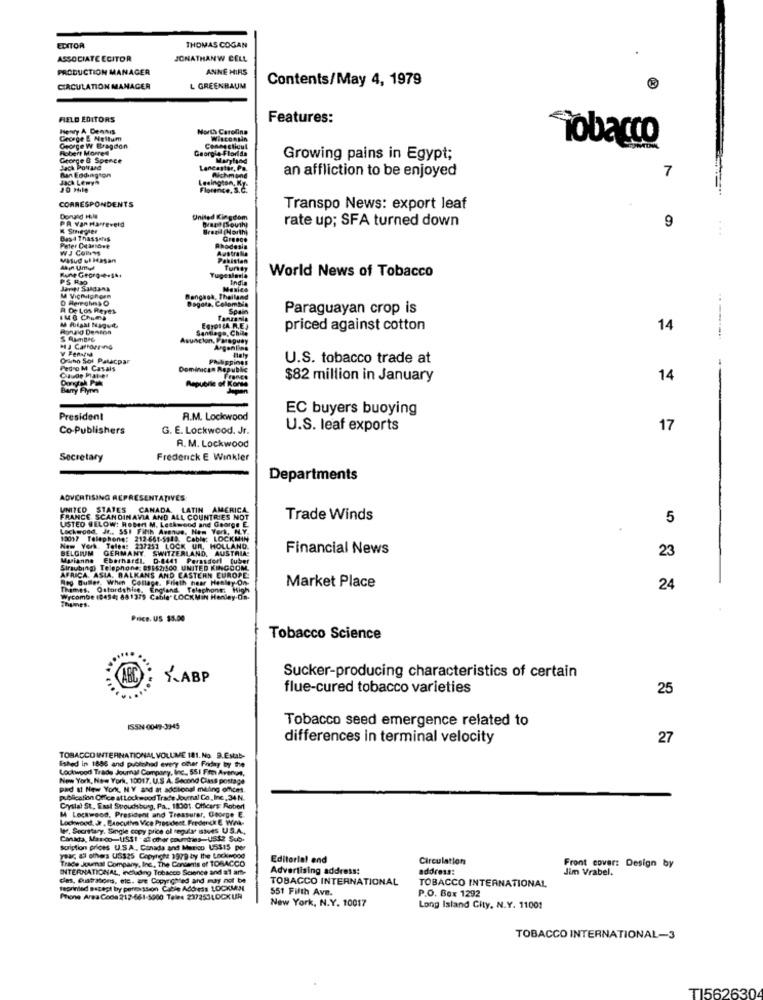
EDITOR
THOMAS COGAN
ASSOCIATE EDITOR
JONATHANW CELL
PRODUCTION MANAGER
ANNE HIRS
Contents/May 4, 1979
CIRCULATION MANAGER
L GREENBAUM
FIELD EDITORS
Features:
Henry A Dennis
North Caro
George E Nullum
Tobacco
Robert Moored
George W Bragdon
Georgia Flor
George & Spence
Growing pains in Egypt;
Lancaster,
Richm
an affliction to be enjoyed
7
Jack Lewya
Ran Eddington
meington,
Florence.
CORRESPONDENTS
Transpo News: export leaf
PR Yan Harteveld
United Kin
rate up; SFA turned down
9
« Stiegler
Baş 4 Thassates
...
WJ Collins
Peter Deandwe
Rune George.S **
World News of Tobacco
PS RIO
Dagars, C
A De Los Reyes
Paraguayan crop is
IMB Chuma
Ronald Dencon
priced against cotton
14
HJ Carroreino
Ofwho Sol Patacpar
U.S. tobacco trade at
edro M Casa
$82 million in January
14
EC buyers buoying
President
A.M. Lockwood
Co-Publishers
G. E. Lockwood. Jr.
U.S. leaf exports
17
= = =
A. M. Lockwood
Secretary
Frederick E Winkler
Departments
ADVERTISING REPRESENTATIVES
UNITED STATES CANADA LATIN AMERICA
FRANCE SCANDINAVIA AND ALL COUNTRIES NOT
USTED BELOW: Robert M. Leskwood and George E.
Trade Winds
5
Lockwood, Jr ., SSI Fifth Avenue, New York, ML.Y.
12017 Telephone: 212.661-5119. Cable: LOCKMIN
BELGIUM GERMANY. SWITZERLAND, AUSTRIA
New York. Teleg: 237251 LOCK Un. HOLLAND.
Financial News
Myianne Eberhardt. D.8441 Perasdorf tuber
23
Straubing) Telephone: 81162,500 UNITED KINGDOM
AFRICA. ASIA. BALKANS AND EASTERN EUROPE
Meg Buller, When Collage. Frieth hear Henley On
Thames. Osfordshire, England, Telephone: High
Market Place
24
Thames.
Wycombe 10494; 881379 Cable" LOCKMin Henley-Da-
Price. US $3.00
Tobacco Science
LABP
Sucker-producing characteristics of certain
flue-cured tobacco varieties
25
Tobacco seed emergence related to
ISSN-0049-3945
differences in terminal velocity
27
TOBACCO INTERNATIONAL VOLUME 181. No. 9.Estab-
Eshed in 1886 and published every other Friday by the
Lockwood Trade Journal Company, Inc ., 55.1 Fin Avenue,
New York, New York, 10017. U.S A. Second Class postage
pad at New York, NY and at additional miting offices.
publication Office at Lockwood Trade Journal Co. Inc, 34N.
Crystal St, Esal Svoudsburg, Pa ., 18001. Officers: Robert
M:Lockwood, President and Treasurer, George E.
Lockwood, Jr , Bascuthen Vice President. Frederick E. Wiek-
W. Secretary, Single copy price ol regular Istves U.S.A .,
Canada, Marco-USSI - al other countries-USS2 Sub.
Scription prices U.S.A ., Canada and Marico US$15 per
Trace Journal Company, Inc ., The Contents of TOBACCO
year, al others US$25 Copyright 1979 by the Lockwood
Editorial end
Circulation
INTERNATIONAL, including Tobacco Science and al arte
Advertising address:
address:
Front cover: Design by
Jim Vrabel.
das, 6ustrations. ele. are Copyrighted and may not be
TOBACCO INTERNATIONAL
Teprinled satest by penession Cable Address LOCKMN
551 Fifth Ave.
TOBACCO INTERNATIONAL
P.O. Box 1292
Phone Area Code 212-661-5000 Teles 21725340CX UR
New York, N.Y. 10017
Long Island City, N.Y. 11001
TOBACCO INTERNATIONAL-3
TI562630